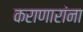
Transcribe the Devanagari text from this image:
कराणारांना